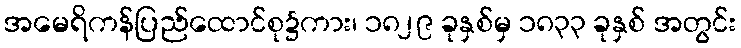
အမေရိကန်ပြည်ထောင်စု၌ကား၊ ၁၈၂၉ ခုနှစ်မှ ၁၈၃၃ ခုနှစ် အတွင်း